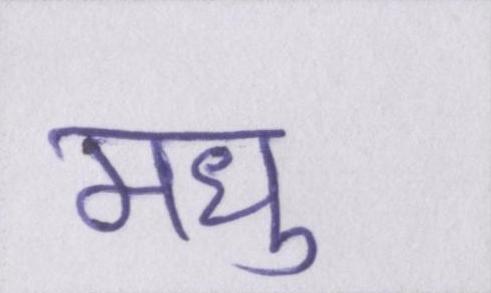
मधु